Report on vaccination in Madras 1922-1929 - 1922-1929
Year: 1922
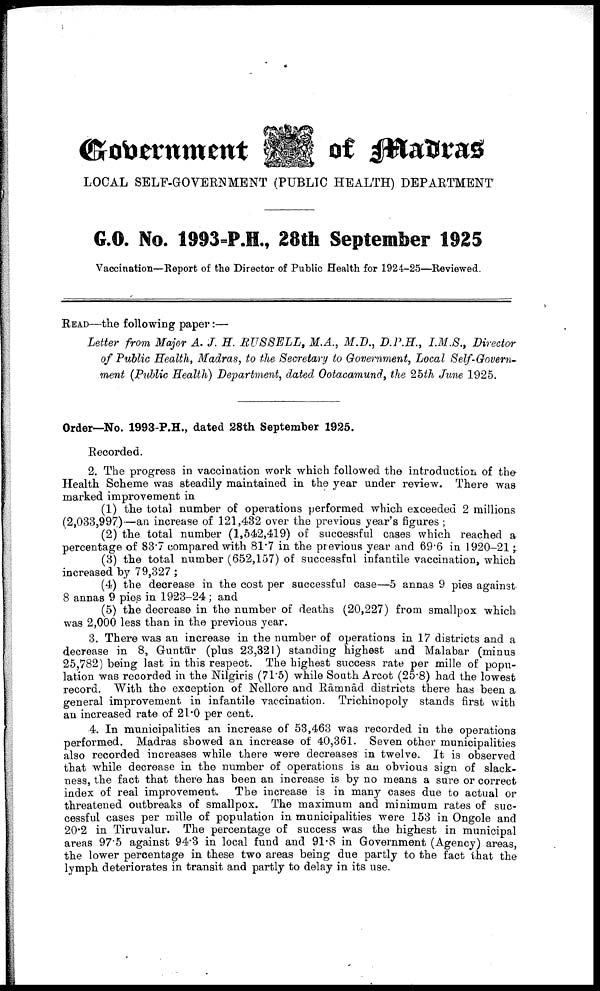
Government
of Madras
LOCAL SELF-GOVERNMENT (PUBLIC HEALTH) DEPARTMENT
G.O. No. 1993-P.H., 28th September 1925
Vaccination—Report of the Director of Public Health for 1924-25—Reviewed.
READ—the following paper:—
Letter from Major A. J. H RUSSELL, M.A., M.D., D.P.H., I.M.S., Director
of Public Health, Madras, to the Secretary to Government, Local Self-Govern
ment (Public Health) Department, dated Ootacamund, the 25th June 1925.
Order—No. 1993-P.H., dated 28th September 1925.
Recorded.
2. The progress in vaccination work which followed the introduction of the
Health Scheme was steadily maintained in the year under review. There was
marked improvement in
(1) the total number of operations performed which exceeded 2 millions
(2,033,997)—an increase of 121,432 over the previous year's figures ;
(2) the total number (1,542,419) of successful cases which reached a
percentage of 83.7 compared with 81.7 in the previous year and 69.6 in 1920-21;
(3) the total number (652,157) of successful infantile vaccination, which
increased by 79,327;
(4) the decrease in the cost per successful case—5 annas 9 pies against
8 annas 9 pies in 1923-24 ; and
(5) the decrease in the number of deaths (20,227) from smallpox which
was 2,000 less than in the previous year.
3. There was an increase in the number of operations in 17 districts and a
decrease in 8, Guntūr (plus 23,321) standing highest and Malabar (minus
25,782) being last in this respect. The highest success rate per mille of popu
lation was recorded in the Nilgiris (71.5) while South Arcot (25.8) had the lowest
record. With the exception of Nellore and Rāmnād districts there has been a
general improvement in infantile vaccination. Trichinopoly stands first with
an increased rate of 21.0 per cent.
4. In municipalities an increase of 53,463 was recorded in the operations
performed. Madras showed an increase of 40,361. Seven other municipalities
also recorded increases while there were decreases in twelve. It is observed
that while decrease in the number of operations is an obvious sign of slack
ness, the fact that there has been an increase is by no means a sure or correct
index of real improvement. The increase is in many cases due to actual or
threatened outbreaks of smallpox. The maximum and minimum rates of suc
cessful cases per mille of population in municipalities were 153 in Ongole and
20.2 in Tiruvalur. The percentage of success was the highest in municipal
areas 97.5 against 94.3 in local fund and 91.8 in Government (Agency) areas,
the lower percentage in these two areas being due partly to the fact that the
lymph deteriorates in transit and partly to delay in its use.